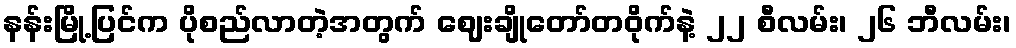
နန်းမြို့ပြင်က ပိုစည်လာတဲ့အတွက် ဈေးချိုတော်တဝိုက်နဲ့ ၂၂ စီလမ်း၊ ၂၆ ဘီလမ်း၊